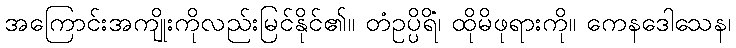
အကြောင်းအကျိုးကိုလည်းမြင်နိုင်၏။ တံဥပ္ပိရိံ၊ ထိုမိဖုရားကို။ ကေနဒေါသေန၊